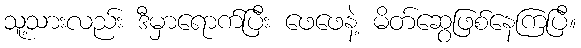
သူ့သားလည်း ဒီမှာရောက်ပြီး ဖေဖေနဲ့ မိတ်ဆွေဖြစ်နေကြပြီ။